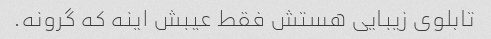
تابلوی زیبایی هستش فقط عیبش اینه که گرونه.